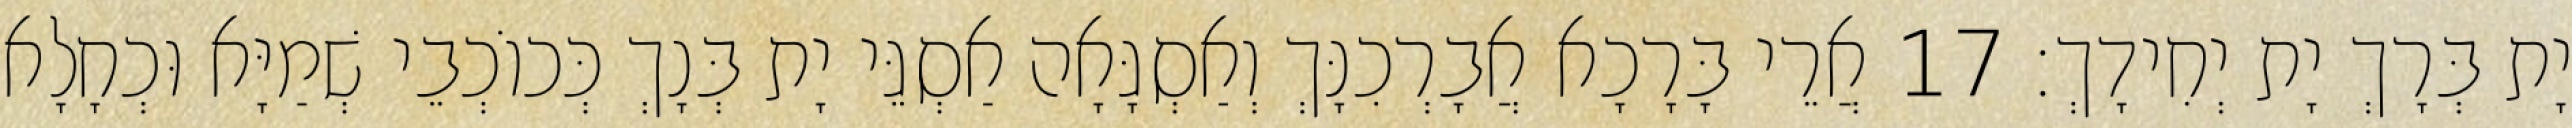
יָת בְּרָךְ יָת יְחִידָךְ׃ 17 אֲרֵי בָּרָכָא אֲבָרְכִנָּךְ וְאַסְגָּאָה אַסְגֵּי יָת בְּנָךְ כְּכוֹכְבֵי שְׁמַיָּא וּכְחָלָא